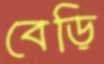
বেড়ি